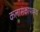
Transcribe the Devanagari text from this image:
कलासंकायध्यक्ष